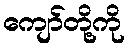
ကျော်တို့ကို